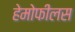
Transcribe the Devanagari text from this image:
हेमोफीलस